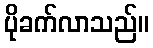
ပိုခက်လာသည်။